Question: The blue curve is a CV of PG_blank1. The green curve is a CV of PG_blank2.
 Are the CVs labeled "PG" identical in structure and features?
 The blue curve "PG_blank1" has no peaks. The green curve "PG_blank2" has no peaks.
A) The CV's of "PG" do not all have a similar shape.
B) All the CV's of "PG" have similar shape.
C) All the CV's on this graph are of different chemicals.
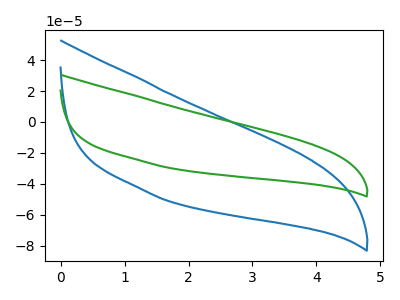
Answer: <think>Neither "PG_blank1" or "PG_blank2" have any peaks.
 </think>
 <answer>B) All the CV's of "PG" have similar shape.</answer>
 <eval>B</eval>